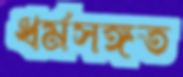
ধর্মসঙ্গত